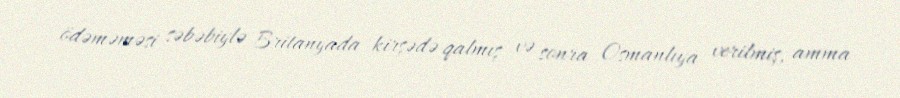
ödəməməsi səbəbiylə Britanyada kirşədə qalmış və sonra Osmanlıya verilmiş, amma